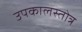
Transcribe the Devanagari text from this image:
उपकालस्तोत्र